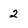
Character: 2